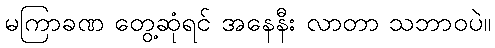
မကြာခဏ တွေ့ဆုံရင် အနေနီး လာတာ သဘာဝပဲ။